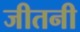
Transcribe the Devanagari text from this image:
जीतनी